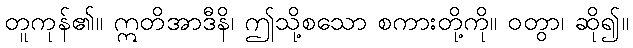
တူကုန်၏။ ဣတိအာဒီနိ၊ ဤသို့စသော စကားတို့ကို။ ဝတွာ၊ ဆို၍။